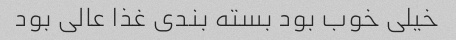
خیلی خوب بود بسته بندی غذا عالی بود